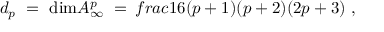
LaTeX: d _ { p } \ = \ \mathrm { d i m } { \cal A } _ { \infty } ^ { p } \ = \, f r a c { 1 } { 6 } ( p + 1 ) ( p + 2 ) ( 2 p + 3 ) \ ,